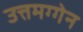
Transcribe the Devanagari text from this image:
उत्तमग्गेन